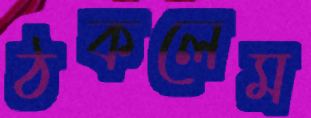
ঠকলেম